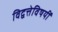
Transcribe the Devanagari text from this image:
विद्वत्तेविषयीं